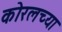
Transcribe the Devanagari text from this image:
काेरलच्या